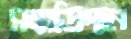
সম্মতিদান